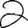
Digit: 2